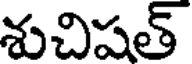
శుచిషత్